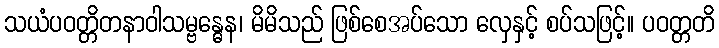
သယံပဝတ္တိတနာဝါသမ္ဗန္ဓေန၊ မိမိသည် ဖြစ်စေအပ်သော လှေနှင့် စပ်သဖြင့်။ ပဝတ္တတိ